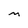
Character: M